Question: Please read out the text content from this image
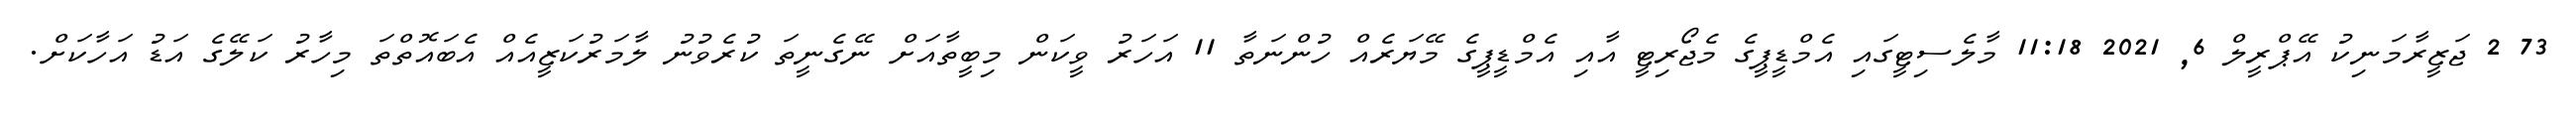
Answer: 73 2 ޖަޒީރާމަނިކު އޭޕްރީލް 6, 2021 11:18 މާލެސިޓީގައި އެމްޑީޕީގެ މެޖޯރިޓީ އާއި އެމްޑީޕީގެ މޭޔަރެއް ހުންނަތާ 11 އަހަރު ވީކަން މިބީތާއަށް ނޭގެނީތަ ކުރެވުނު ލާމަރުކަޒީއެއް އެބައޮތްތަ މިހާރު ކަލޭގެ އަޑު އަހާކަށް.